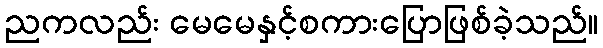
ညကလည်း မေမေနှင့်စကားပြောဖြစ်ခဲ့သည်။